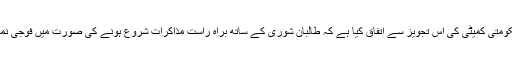
طالبان کمیٹی نے بھی حکومتی کمیٹی کی اس تجویز سے اتفاق کیا ہے کہ طالبان شوریٰ کے ساتھ براہِ راست مذاکرات شروع ہونے کی صورت میں فوجی نمائندگی یقینی بنائی جائے۔